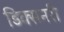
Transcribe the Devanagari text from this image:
डिक्सनरी